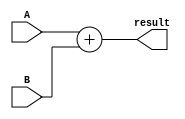
module AdderModule32bit(
	input [31:0]A,
	input [31:0]B,
	
	output [31:0]result
    );

	assign result = A + B;

endmodule